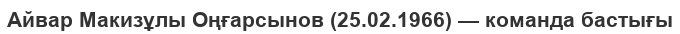
Айвар Макизұлы Оңғарсынов (25.02.1966) — команда бастығы